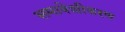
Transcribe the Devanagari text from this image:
समावेशीकरण